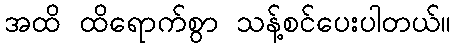
အထိ ထိရောက်စွာ သန့်စင်ပေးပါတယ်။